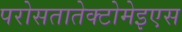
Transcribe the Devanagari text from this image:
परोसतातेक्टोमेइएस